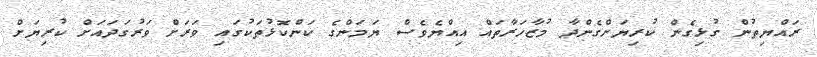
ރައްޔިތުން ގުޅިގެން ކުރިޔަށްގެންދާ މުޒާހަރާތައް އިއްޔެވެސް ޔަމަންގެ ކަންކޮޅުތަކުގައި ވަރަށް ވަރުގަދައަށް ކުރިޔަށް